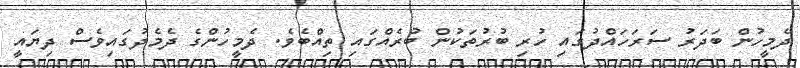
ދެމީހުން ބަދަރު ސަރަހައްދުގައި ހުރި ބުރުތަކުން ބުރެއްގައި ތިއްބެވެ. ދެމީހުންގެ ދެމެދުގައިވެސް ދިޔައީ